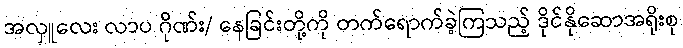
အလှူလေး လာပ ဂိုဏ်း/ နေခြင်းတို့ကို တက်ရောက်ခဲ့ကြသည့် ဒိုင်နိုဆောအရိုးစု